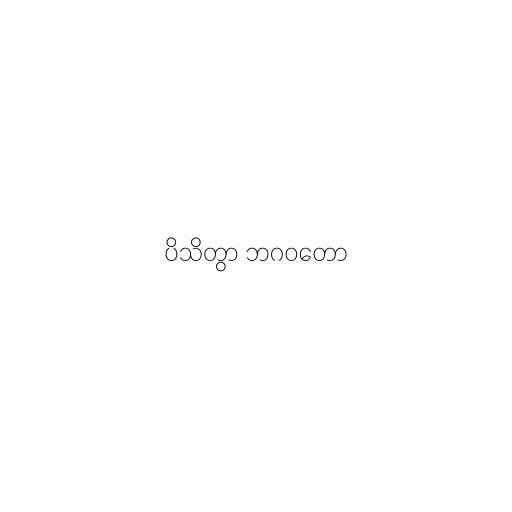
ပိသိတွာ ဘဂဝတော